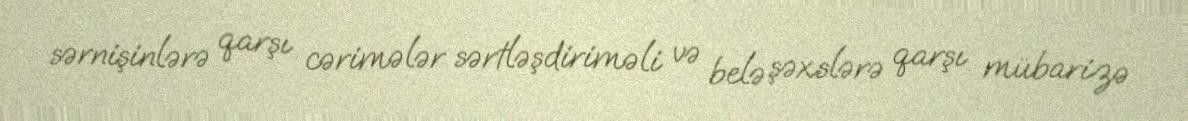
sərnişinlərə qarşı cərimələr sərtləşdiriməli və belə şəxslərə qarşı mübarizə